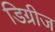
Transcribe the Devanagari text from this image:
डिग्रीज